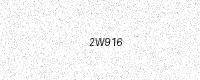
Text: 2W916